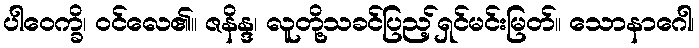
ပါဝေက္ခိ၊ ဝင်လေ၏။ ဇနိန္ဒ၊ လူတို့သခင်ပြည့်ရှင်မင်းမြတ်။ သောနာဂေါ၊